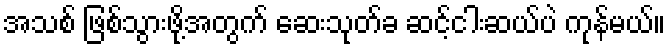
အသစ် ဖြစ်သွားဖို့အတွက် ဆေးသုတ်ခ ဆင့်ငါးဆယ်ပဲ ကုန်မယ်။